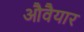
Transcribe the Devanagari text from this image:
औवैयार